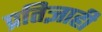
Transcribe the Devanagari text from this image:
प्रतिज्ञाही